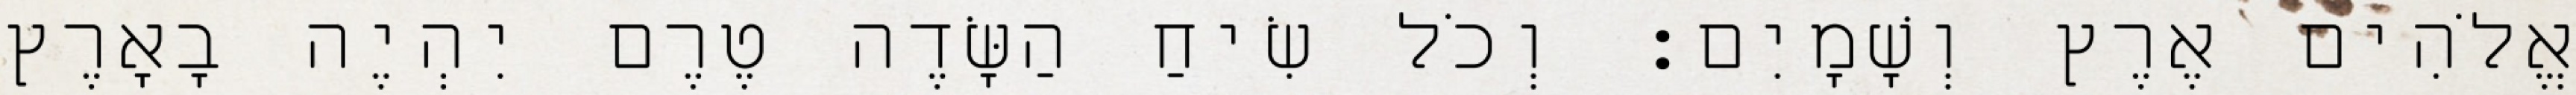
אֱלֹהִים אֶרֶץ וְשָׁמָיִם׃ וְכֹל שִׂיחַ הַשָּׂדֶה טֶרֶם יִהְיֶה בָאָרֶץ